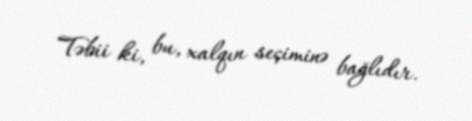
Təbii ki, bu, xalqın seçiminə bağlıdır.